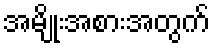
အမျိုးအစားအတွက်